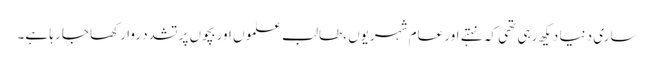
ساری دنیا دیکھ رہی تھی کہ نہتے اور عام شہریوں ،طالب علموں اور بچوں پر تشدد روا رکھا جا رہا ہے۔